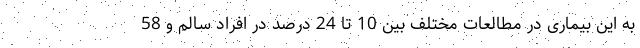
به این بیماری در مطالعات مختلف بین 10 تا 24 درصد در افراد سالم و 58